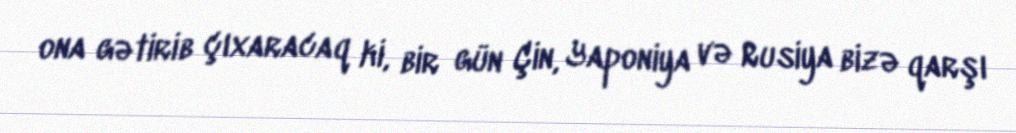
ona gətirib çıxaracaq ki, bir gün Çin, Yaponiya və Rusiya bizə qarşı